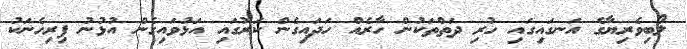
ލޯބިވެރިޔާގެ އަނގައިގައި ހުރި ދަތްތަކުން ހާރެއް ހަދައިގެން ކަރުގައި އަޅުވައިގެން އުޅުނު ފިރިހެނަކު